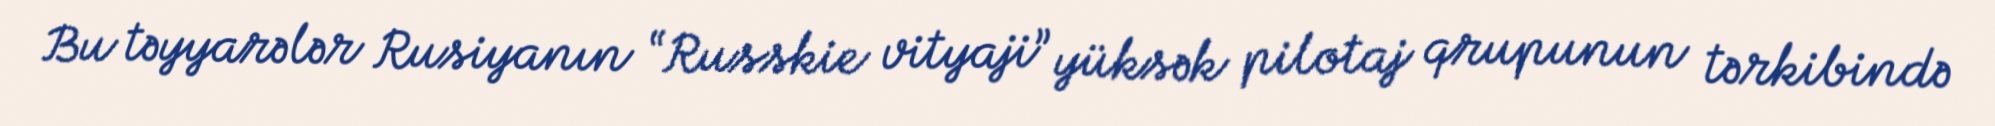
Bu təyyarələr Rusiyanın “Russkie vityaji” yüksək pilotaj qrupunun tərkibində